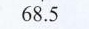
68.5